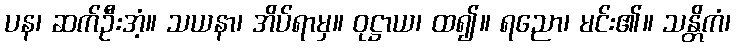
ပန၊ ဆက်ဦးအံ့။ သယနာ၊ အိပ်ရာမှ။ ဝုဋ္ဌာယ၊ ထ၍။ ရညော၊ မင်း၏။ သန္တိကံ၊